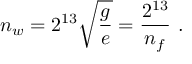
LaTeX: n _ { w } = 2 ^ { 1 3 } \sqrt { \frac { g } { e } } = { \frac { 2 ^ { 1 3 } } { n _ { f } } } \ .